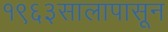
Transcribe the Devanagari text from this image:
१९६३सालापासून